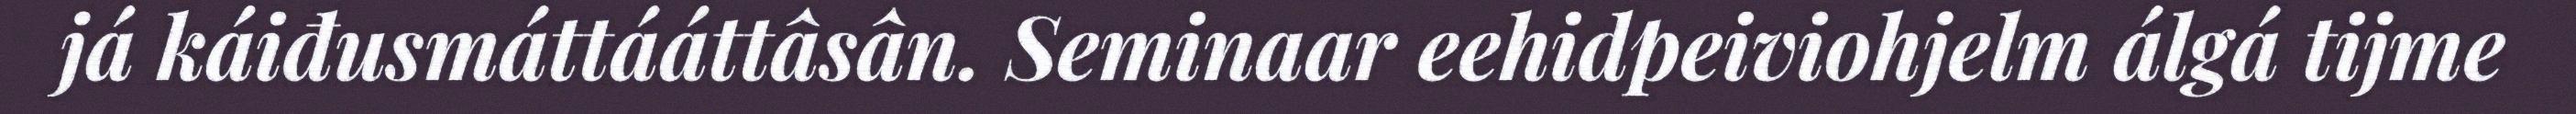
já káiđusmáttááttâsân. Seminaar eehidpeiviohjelm álgá tijme